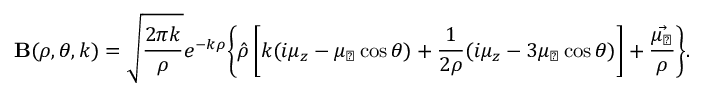
{ \bf B } ( \rho , \theta , k ) = \sqrt { \frac { 2 \pi k } { \rho } } e ^ { - k \rho } \Biggl \{ \hat { \rho } \left[ k ( i \mu _ { z } - \mu _ { \perp } \cos { \theta } ) + \frac { 1 } { 2 \rho } ( i \mu _ { z } - 3 \mu _ { \perp } \cos { \theta } ) \right] + \frac { \vec { \mu _ { \perp } } } { \rho } \Biggr \} .